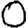
Digit: 0